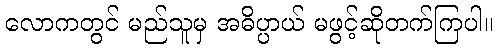
လောကတွင် မည်သူမှ အဓိပ္ပာယ် မဖွင့်ဆိုတက်ကြပါ။